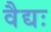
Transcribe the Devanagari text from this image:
वैद्यः